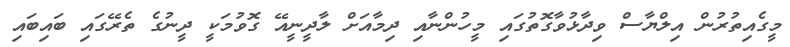
މީގެއިތުރުން އިލްޔާސް ވިދާޅުވާގޮތުގައި މީހުންނާއި ދިމާއަށް ލާދީނީއޭ ގޮވުމަކީ ދީނުގެ ތެރޭގައި ބައިބައި